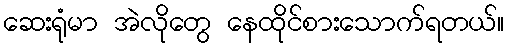
ဆေးရုံမာ အဲလိုတွေ နေထိုင်စားသောက်ရတယ်။